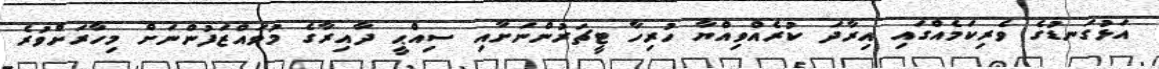
އަޅުގަނޑުގެ ވެރިކަމެއްގައި އިރާދަ ކުރެއްވިއްޔާ ހުރިހާ ޓީޗަރުންނަށާއި ސިއްޙީ ދާއިރާގެ މުވައްޒަފުންނަށް މިހާރަށްވުރެ